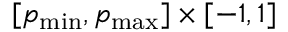
[ p _ { \operatorname* { m i n } } , p _ { \operatorname* { m a x } } ] \times [ - 1 , 1 ]